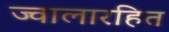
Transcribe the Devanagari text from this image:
ज्वालारहित